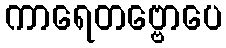
ကာရေတဗ္ဗောပေ